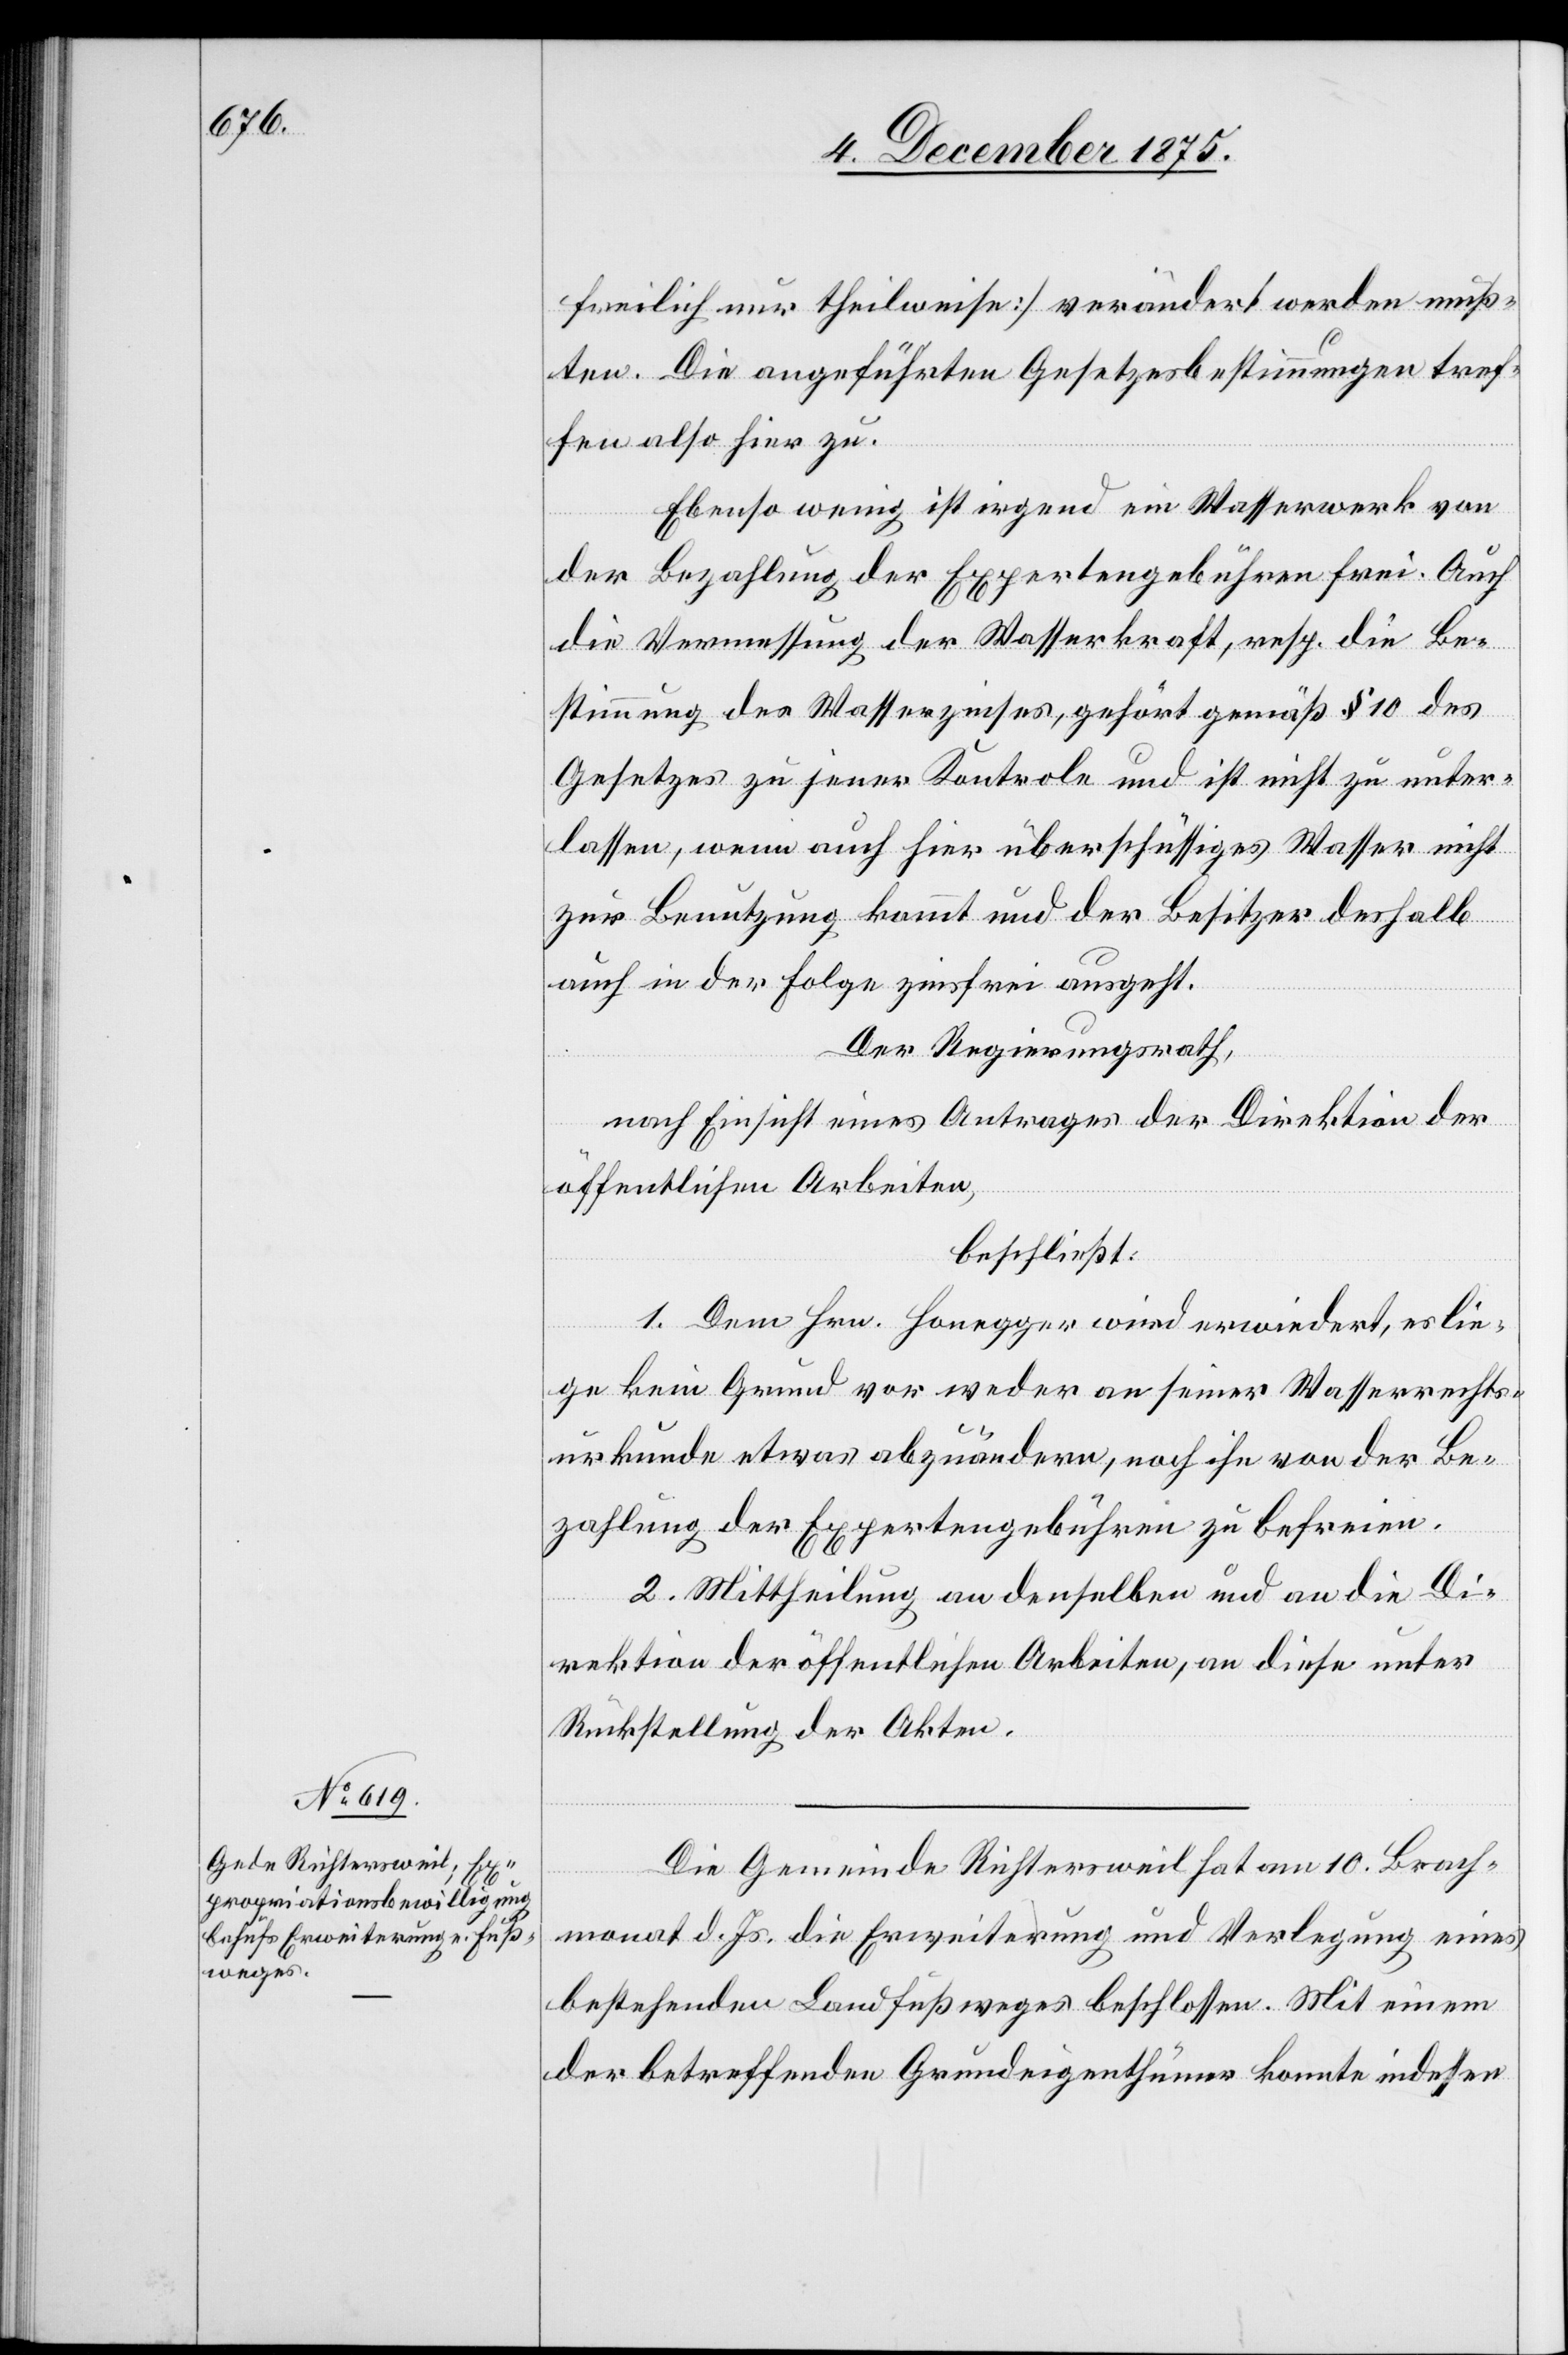
freilich nur theilweise] verändert werden muß¬
ten. Die angeführten Gesetzesbestimmungen tref¬
fen also hier zu.
Ebenso wenig ist irgend ein Wasserwerk von
der Bezahlung der Expertengebühren frei. Auch
die Vermessung der Wasserkraft, resp. die Be¬
stimmung des Wasserzinses, gehört gemäß § 10 des
Gesetzes zu jener Kontrole und ist nicht zu unter¬
lassen, wenn auch hier überschüssiges Wasser nicht
zur Benutzung kommt und der Besitzer deshalb
auch in der Folge zinsfrei ausgeht.
Der Regierungsrath,
nach Einsicht eines Antrages der Direktion der
öffentlichen Arbeiten,
beschließt:
1. Dem Hrn. Honegger wird erwiedert, es lie¬
ge kein Grund vor weder an seiner Wasserrechts¬
urkunde etwas abzuändern, noch ihn von der Be¬
zahlung der Expertengebühren zu befreien.
2. Mittheilung an denselben und an die Di¬
rektion der öffentlichen Arbeiten, an diese unter
Rückstellung der Akten.
Die Gemeinde Richtersweil hat am 10. Brach¬
monat d. Js. die Erweiterung und Verlegung eines
bestehenden Landfußweges beschlossen. Mit einem
der betreffenden Grundeigenthümer konnte indessen